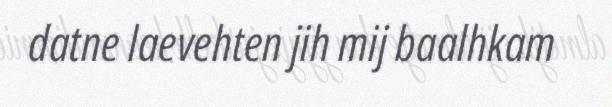
datne laevehten jih mij baalhkam